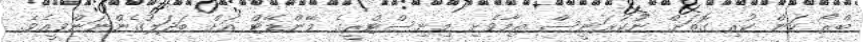
ބްރޯ ކަން ކުރި ގޮތަށް ނުުކުރަނީސް ތިމާވެށި މިނިސްޓްރީގެ މޭންޑޭޓް އަށް ބަދަލުގެންނަންވީއެވެ.